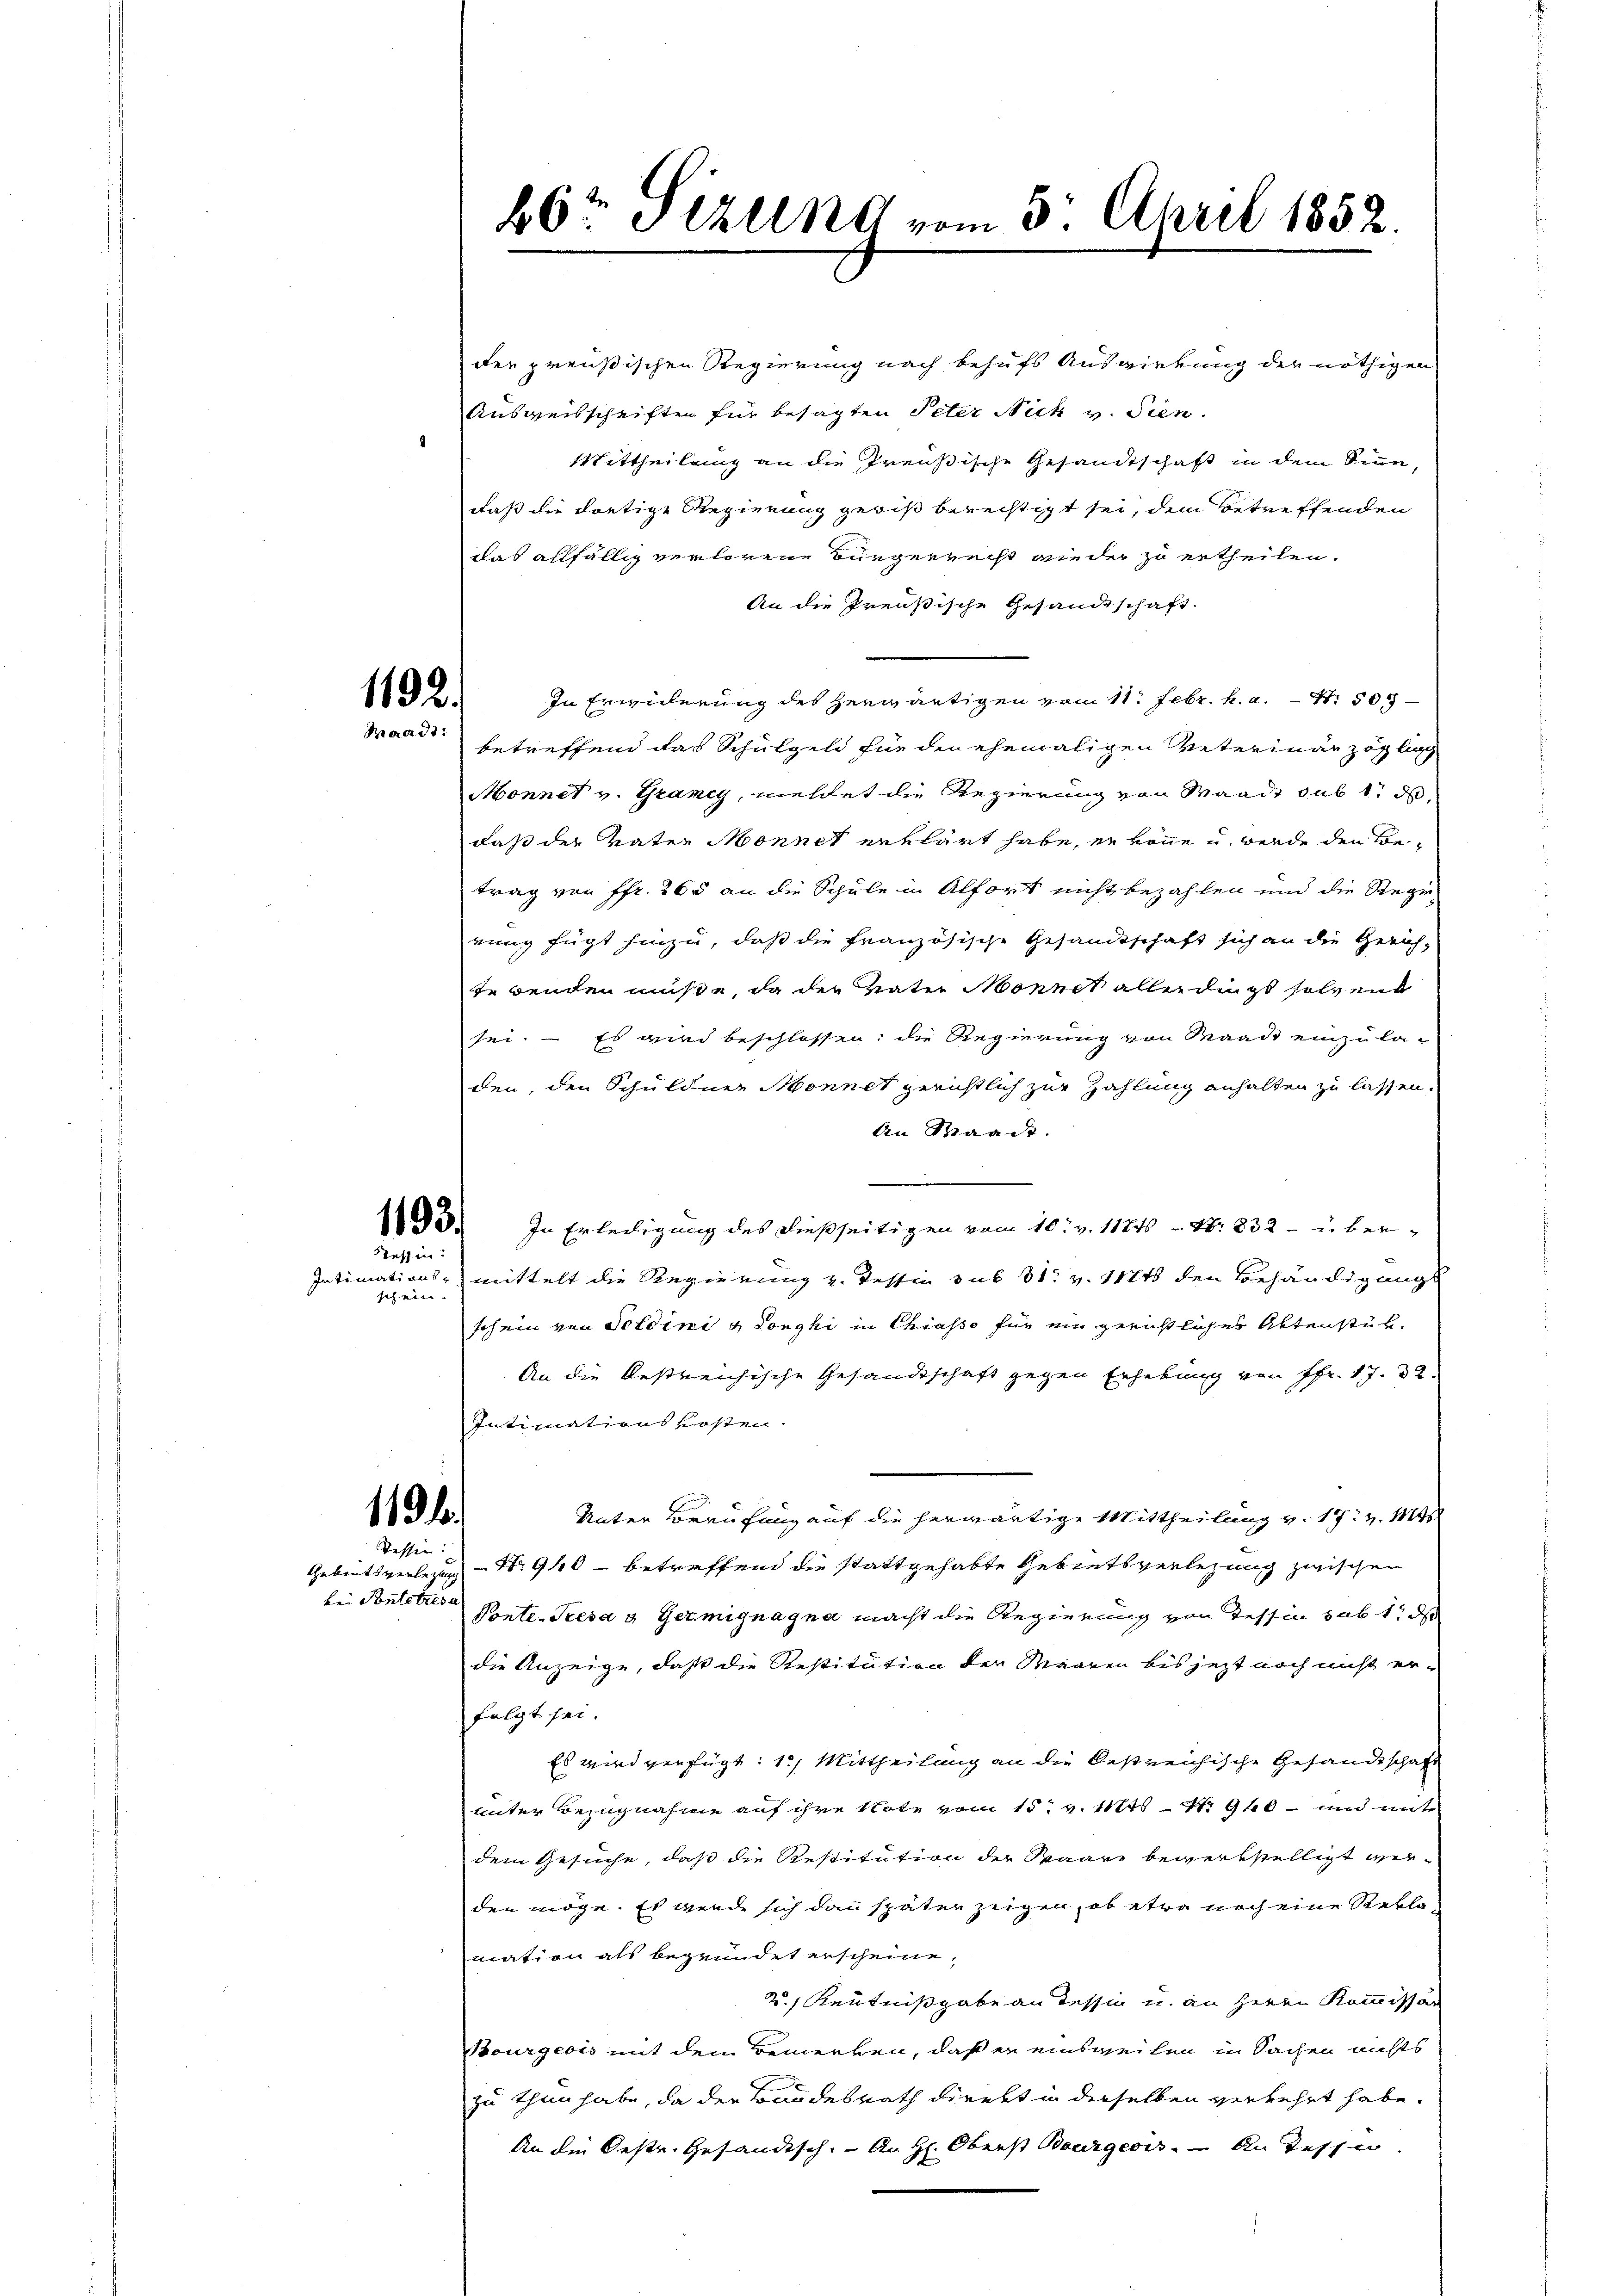
1193.
Tessin:

1192.
Baradt:

bei Ponteres a

26ten Sizung vom 5. April 1852.

der preußischen Regierung nach behufs Auswirkung der nöthigen
Ausweisschriften für besagten Peter Nich v. Sien.
ittheilung an die Preußische Gesandtschaft in dem Sinn,
daß die dortige Regierung gewiß berechtigt sei, dem Betreffenden
das allfällig verlorene Bürgerrecht wieder zu ertheilen.
An die Preußische Gesandtschaft.
In Erwiderung des herwärtigen vom 11. Febr. h. a. N. 505
betreffend das Schulgeld für den ehemaligen Veterinar zog nach
Monnet v. Graney, meldet die Regierung von Waadt sub 1, d
daß der Vater Monnet erklärt habe, er könne u. werde den Betrag von ffr. 265 an die Schule in Alfort nicht bezahlen und die Regie-
rung fügt hinzu, daß die französische Gesandtschaft sich an die Gerich,
fe wenden müße, da der Vater Monnet allerdings solvend
sei. Es wird beschlossen: die Regierung von Waadt einzula-
den, den Schuldner Monnet gerichtlich zur Zahlung anhalten zu lassen.
An Waadt.
e
In Erledigung des dießseitigen vom 10t v. 112 S. 832 über¬
Intimations- mittelt die Regierung z. Tessin sub 31. v. 11716 den Behändigungs
sch ein
schein von Soldini u Longhi in Chiasso für ein gerichtliches Aktenstüh¬
An die bestreichische Gesandtschaft gegen Erhebung von Pfr. 17. 32.
Intimationskosten.
119 f.
Unter Berufung auf die herwärtige Mittheilung v. 17. v. Mts.
Tessen:
Gebietsverlegung Nr. 940 - betreffend die stattgehabte Gebietsverlegung zwischen
Ponte-Tresa & Germignagna macht die Regierung von Tessin subt, d
die Anzeige, daß die Restitution der Maaren bis jezt noch nicht er-
folgt sei.
Es wird verfügt: 1.) Mittheilung an die bestreichische Gesandtschaft
unter Bezugnahme auf ihre Note vom 15. v. Mts. - No. 940 - und mit
dem Gesuche, daß die Restitution der Saare bewerkstelligt werden möge. Es werde sich dann später zeigen, ob etwa noch eine Reklamation als begründet erscheine,
2.) Kenntnißgabe an dessin u. an Herrn Kommissar
Bourgeois mit dem Bemerken, daß er einsweilen in Sachen nichts
zu thun habe, da der Bundesrath direkt in derselben verkehrt habe.
An die Oestr. Gesandisch. An H: Oberst Bourgeois. An Tessin